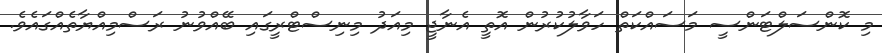
މި ކޮންސަލްޓަންސީ މަސައްކަތް ހަވާލުކުރުން އޮތީ އެނާޖީ މިއަދު މިނިސްޓްރީގައި ބޭއްވުނު ރަސްމިއްޔާތެއްގައެވެ.